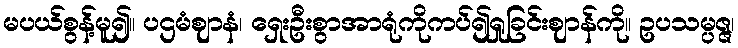
မပယ်စွန့်မူ၍။ ပဌမံဈာနံ၊ ရှေးဦးစွာအာရုံကိုကပ်၍ရှုခြင်းဈာန်ကို။ ဥပသမ္ပဇ္ဇ၊